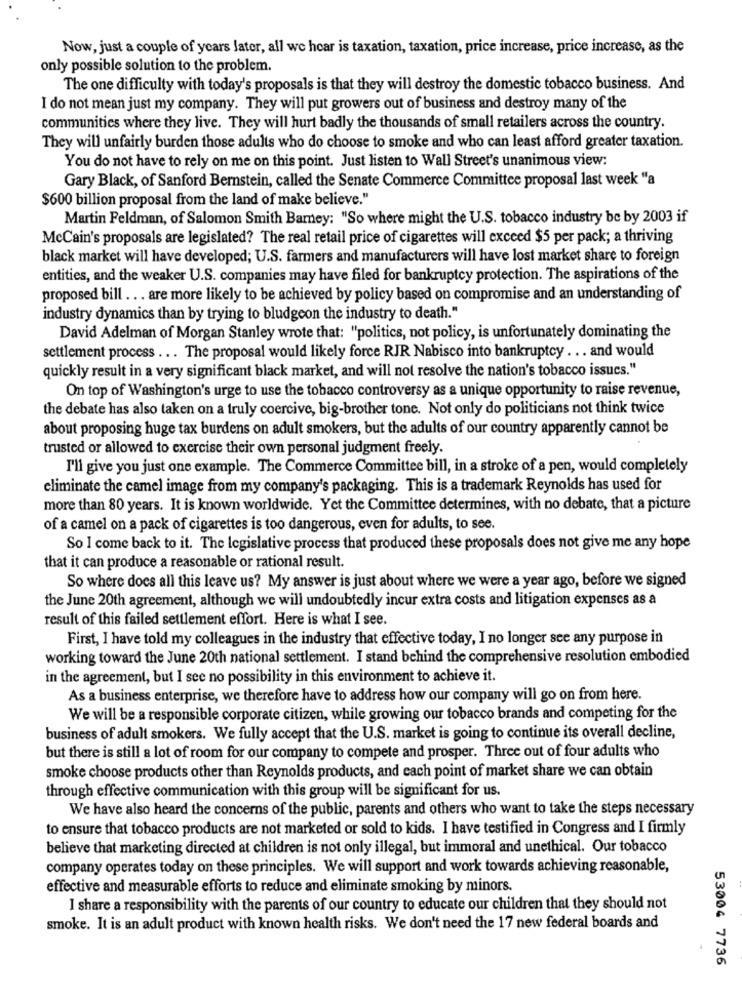
Now, just a couple of years later, all we hear is taxation, taxation, price increase, price increase, as the
only possible solution to the problem.
The one difficulty with today's proposals is that they will destroy the domestic tobacco business. And
I do not mean just my company. They will put growers out of business and destroy many of the
communities where they live. They will hurt badly the thousands of small retailers across the country.
They will unfairly burden those adults who do choose to smoke and who can least afford greater taxation.
You do not have to rely on me on this point. Just listen to Wall Street's unanimous view:
Gary Black, of Sanford Bernstein, called the Senate Commerce Committee proposal last week "a
$600 billion proposal from the land of make believe."
Martin Feldman, of Salomon Smith Barney: "So where might the U.S. tobacco industry be by 2003 if
McCain's proposals are legislated? The real retail price of cigarettes will exceed $5 per pack; a thriving
black market will have developed; U.S. farmers and manufacturers will have lost market share to foreign
entities, and the weaker U.S. companies may have filed for bankruptcy protection. The aspirations of the
proposed bill ... are more likely to be achieved by policy based on compromise and an understanding of
industry dynamics than by trying to bludgeon the industry to death."
David Adelman of Morgan Stanley wrote that: "politics, not policy, is unfortunately dominating the
settlement process ... The proposal would likely force RJR Nabisco into bankruptcy ... and would
quickly result in a very significant black market, and will not resolve the nation's tobacco issues."
On top of Washington's urge to use the tobacco controversy as a unique opportunity to raise revenue,
the debate has also taken on a truly coercive, big-brother tone. Not only do politicians not think twice
about proposing huge tax burdens on adult smokers, but the adults of our country apparently cannot be
trusted or allowed to exercise their own personal judgment freely.
I'll give you just one example. The Commerce Committee bill, in a stroke of a pen, would completely
eliminate the camel image from my company's packaging. This is a trademark Reynolds has used for
more than 80 years. It is known worldwide. Yet the Committee determines, with no debate, that a picture
of a camel on a pack of cigarettes is too dangerous, even for adults, to see.
So I come back to it. The legislative process that produced these proposals does not give me any hope
that it can produce a reasonable or rational result.
So where does all this leave us? My answer is just about where we were a year ago, before we signed
the June 20th agreement, although we will undoubtedly incur extra costs and litigation expenses as a
result of this failed settlement effort. Here is what I see.
First, I have told my colleagues in the industry that effective today, I no longer see any purpose in
working toward the June 20th national settlement. I stand behind the comprehensive resolution embodied
in the agreement, but I see no possibility in this environment to achieve it.
As a business enterprise, we therefore have to address how our company will go on from here.
We will be a responsible corporate citizen, while growing our tobacco brands and competing for the
business of adult smokers. We fully accept that the U.S. market is going to continue its overall decline,
but there is still a lot of room for our company to compete and prosper. Three out of four adults who
smoke choose products other than Reynolds products, and each point of market share we can obtain
through effective communication with this group will be significant for us.
We have also heard the concerns of the public, parents and others who want to take the steps necessary
to ensure that tobacco products are not marketed or sold to kids. I have testified in Congress and I firmly
believe that marketing directed at children is not only illegal, but immoral and unethical. Our tobacco
company operates today on these principles. We will support and work towards achieving reasonable,
effective and measurable efforts to reduce and eliminate smoking by minors.
I share a responsibility with the parents of our country to educate our children that they should not
smoke. It is an adult product with known health risks. We don't need the 17 new federal boards and
53004 7736